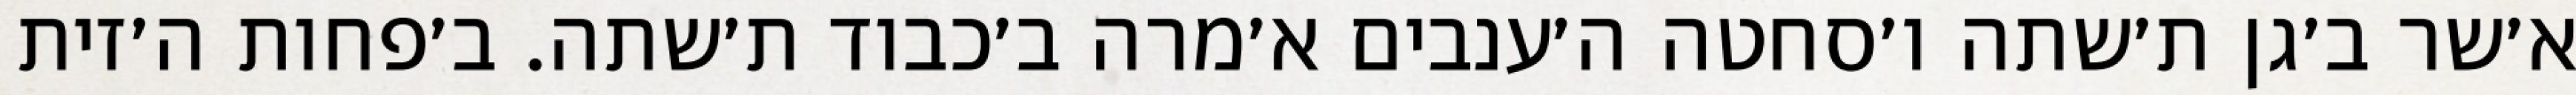
א׳שר ב׳גן ת׳שתה ו׳סחטה ה׳ענבים א׳מרה ב׳כבוד ת׳שתה. ב׳פחות ה׳זית